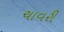
ચાવરી